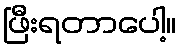
ဖြီးရတာပေါ့။